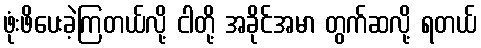
ဖုံးဖိပေးခဲ့ကြတယ်လို့ ငါတို့ အခိုင်အမာ တွက်ဆလို့ ရတယ်